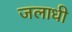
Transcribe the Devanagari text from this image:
जलाधी